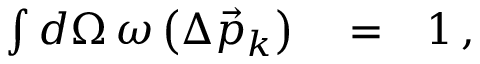
\begin{array} { r l r } { \int d \Omega \, \omega \left( \Delta \vec { p } _ { k } \right) } & { { } = } & { 1 \, , } \end{array}